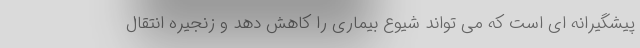
پیشگیرانه ای است که می تواند شیوع بیماری را کاهش دهد و زنجیره انتقال